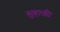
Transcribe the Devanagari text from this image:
सुहाती।